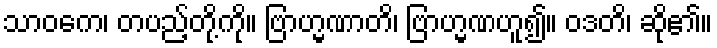
သာဝကေ၊ တပည့်တို့ကို။ ဗြာဟ္မဏာတိ၊ ဗြာဟ္မဏဟူ၍။ ဝဒတိ၊ ဆို၏။